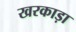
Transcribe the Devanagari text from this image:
खरकाड़ा